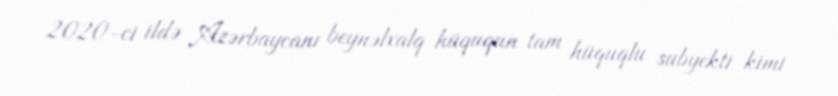
2020-ci ildə Azərbaycanı beynəlxalq hüququn tam hüquqlu subyekti kimi